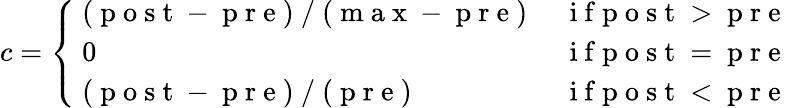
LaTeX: c=\left\{ \begin{array}{ll}{\mathrm{~(~p~o~s~t~-~p~r~e~)~/~(~m~a~x~-~p~r~e~)~}}&{\mathrm{~i~f~p~o~s~t~>~p~r~e~}}\\ {\mathrm{~0~}}&{\mathrm{~i~f~p~o~s~t~=~p~r~e~}}\\ {\mathrm{~(~p~o~s~t~-~p~r~e~)~/~(~p~r~e~)~}}&{\mathrm{~i~f~p~o~s~t~<~p~r~e~}}\end{array}\right.